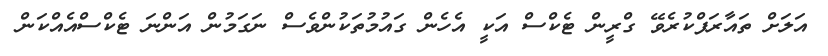
އަލަށް ތައާރަފްކުރެވޭ ގްރީން ޓެކްސް އަކީ އެހެން ގައުމުތަކުންވެސް ނަގަމުން އަންނަ ޓެކްސްއެއްކަން